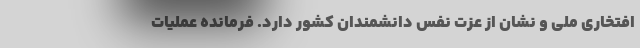
افتخاری ملی و نشان از عزت نفس دانشمندان کشور دارد. فرمانده عملیات